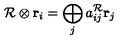
{ \cal R } \otimes { \bf r } _ { i } = \bigoplus _ { j } a _ { i j } ^ { { \cal R } } { \bf r } _ { j }